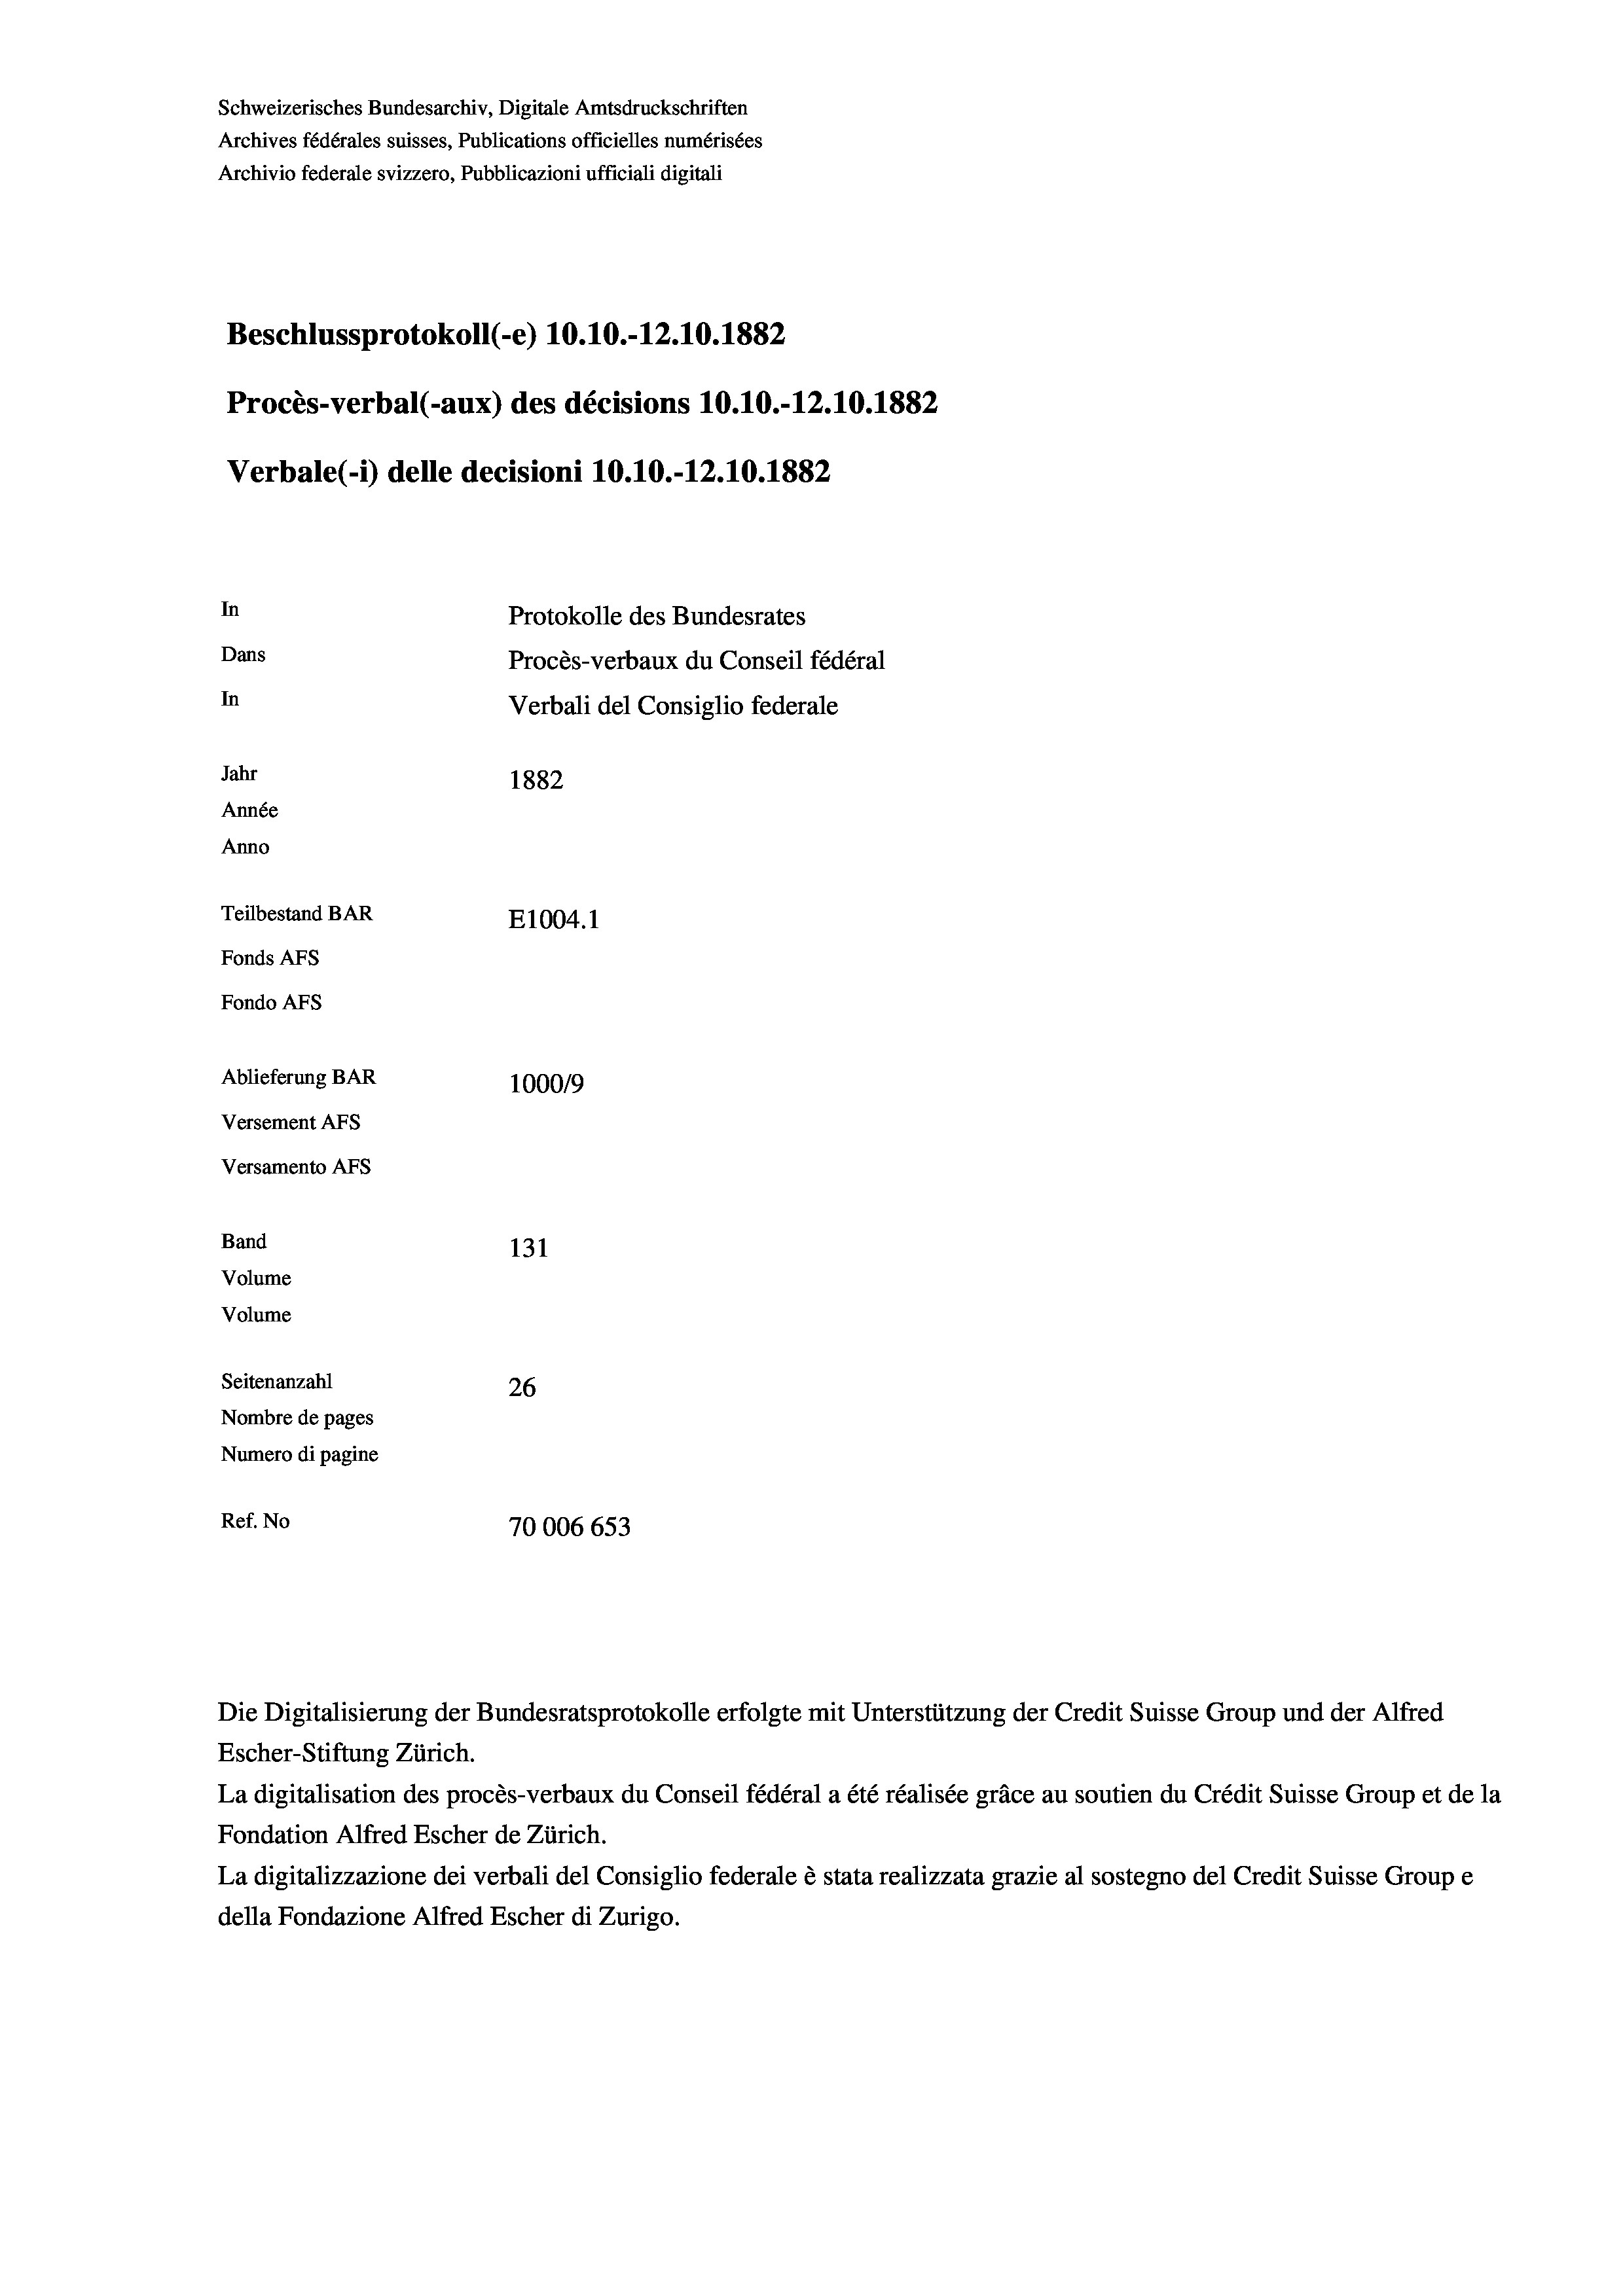
Schweizerisches Bundesarchiv, Digitale Amtsdruckschriften
Archives fédérales suisses, Publications officielles numérisées
Archivio federale svizzero, Pubblicazioni ufficiali digitali
Beschlussprotokoll (-e) 10.10.-12.10.1882
Procès-verbal (-aux) des décisions 10.10.-12.10.1882
Verbale (- 1) delle decisioni 10.10.-12.10.1882
In
Protokolle des Bundesrates
Dans
Procès-verbaux du Conseil fédéral
In
Verbali del Consiglio federale
Jahr
1882
Année
Anno
Teilbestand BAR
E1004. 1
Fonds AFs
Fondo AFs
Ablieferung BAR
100019
Versement AFs
Versamento Afs
Band
131
Volume
Volume
Seitenanzahl
26
Nombre de pages
Numero di pagine
Ref. No
70006653

Die Digitalisierung der Bundesratsprotokolle erfolgte mit Unterstützung der Credit Suisse Group und der Alfred
Escher-Stiftung Zürich.
La digitalisation des procès-verbaux du Conseil fédéral a été réalisée gräce au soutien du Crédit Suisse Group et de la
Fondation Alfred Escher de Zürich.
La digitalizzazione dei verbali del Consiglio federale è stata realizzata grazie al sostegno del Credit Suisse Groupe
della Fondazione Alfred Escher di Zurigo.